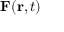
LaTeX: \mathbf { F } ( \mathbf { r } , t )